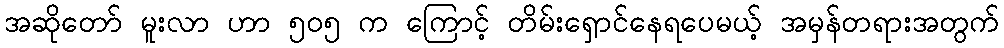
အဆိုတော် မူးလာ ဟာ ၅၀၅ က ကြောင့် တိမ်းရှောင်နေရပေမယ့် အမှန်တရားအတွက်